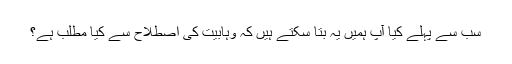
سب سے پہلے کیا آپ ہمیں یہ بتا سکتے ہیں کہ وہابیت کى اصطلاح سے کیا مطلب ہے؟